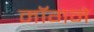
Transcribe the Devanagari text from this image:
मॉगने